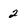
Character: 2